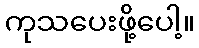
ကုသပေးဖို့ပေါ့။